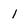
Character: 1